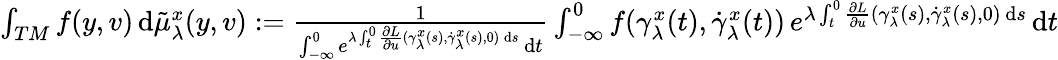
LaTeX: \begin{array}{r}{\int_{TM}f(y,v)\, \mathrm{d}\tilde{\mu}_{\lambda}^{x}(y,v):=\frac 1{\int_{-\infty}^{0}e^{\lambda\int_{t}^{0}\frac{\partial L}{\partial u}(\gamma_{\lambda}^{x}(s),\dot{\gamma}_{\lambda}^{x}(s),0)\, \mathrm{d}s}\, \mathrm{d}t}\int_{-\infty}^{0}f(\gamma_{\lambda}^{x}(t),\dot{\gamma}_{\lambda}^{x}(t))\, e^{\lambda\int_{t}^{0}\frac{\partial L}{\partial u}(\gamma_{\lambda}^{x}(s),\dot{\gamma}_{\lambda}^{x}(s),0)\, \mathrm{d}s}\, \mathrm{d}t}\end{array}